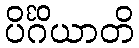
ပိင်္ဂိယာတိ